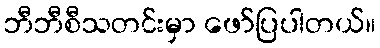
ဘီဘီစီသတင်းမှာ ဖော်ပြပါတယ်။